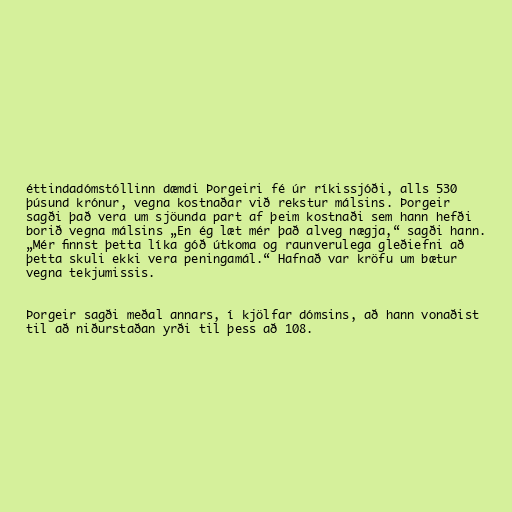
éttindadómstóllinn dæmdi Þorgeiri fé úr ríkissjóði, alls 530
þúsund krónur, vegna kostnaðar við rekstur málsins. Þorgeir
sagði það vera um sjöunda part af þeim kostnaði sem hann hefði
borið vegna málsins „En ég læt mér það alveg nægja,“ sagði hann.
„Mér finnst þetta líka góð útkoma og raunverulega gleðiefni að
þetta skuli ekki vera peningamál.“ Hafnað var kröfu um bætur
vegna tekjumissis.

Þorgeir sagði meðal annars, í kjölfar dómsins, að hann vonaðist
til að niðurstaðan yrði til þess að 108.